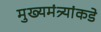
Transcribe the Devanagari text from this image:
मुख्यमंत्र्यांकडे